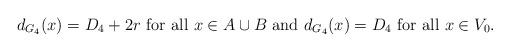
LaTeX: \begin{align*} d_{G_4}(x)=D_4+2r \mbox{ for all } x \in A \cup B \mbox{ and } d_{G_4}(x)=D_4 \mbox{ for all } x \in V_0.\end{align*}